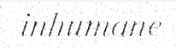
inhumane